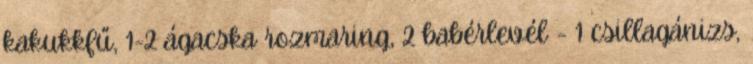
kakukkfű, 1-2 ágacska rozmaring, 2 babérlevél - 1 csillagánizs,